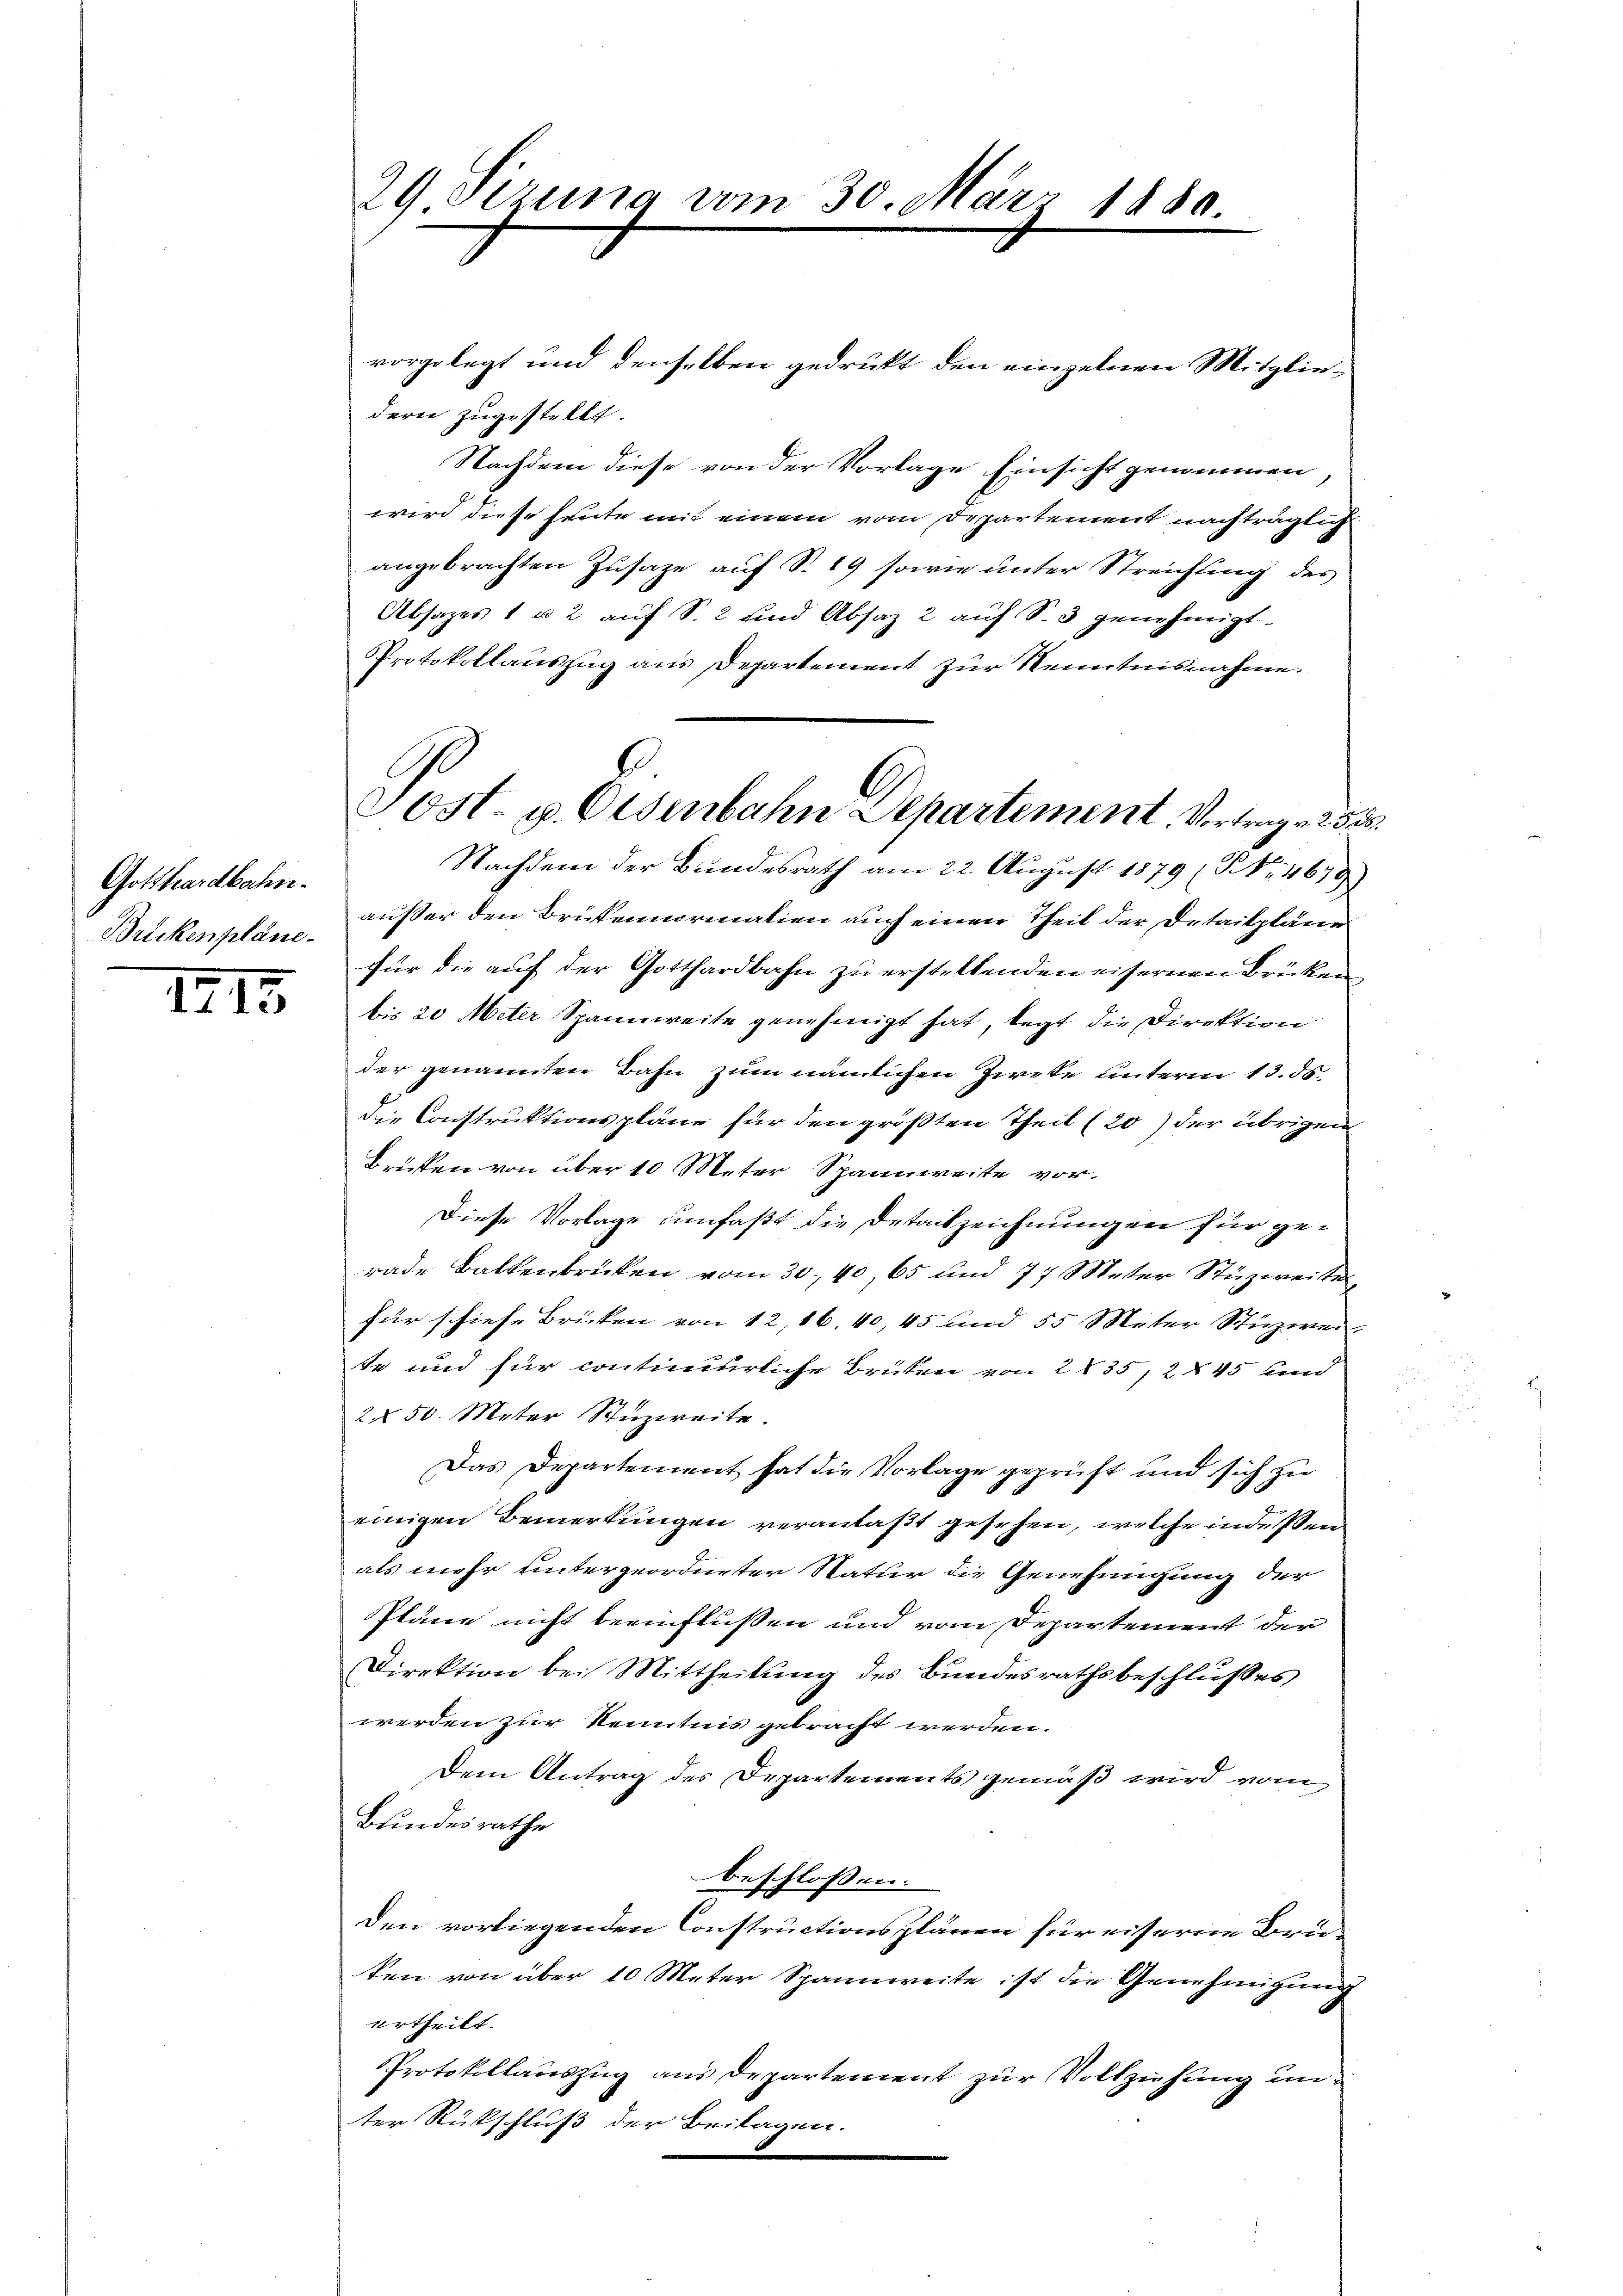
Gotthardbahn.
Buckenpläne.

IIII

29 Serena vom 30. März 1880.

vorgelegt und denselben gedrukt den einzelnen Mitgliedern zugestellt.
Nachdem diese von der Vorlage Einsicht genommen
wird diese heute mit einem vom Departement nachträglich
angebrachten Zusaze auf S. 19 sowie unter Streichling des
Absages 1 u 2 auf S. 2 und Absaz 2 auf S. 3 genehmigt.
Protokollauszug aus Departement zur Kenntnisnahme.
Nachdem der Bundesrath am 22. August 1879 (Nr. 4673
außer den Brükenormalien auch einen Theil der Detailpläne
für die auf der Gotthardbahn zu erstellenden eisernen Brücken
bis 20 Meter Spannweite genehmigt hat, legt die Direktion
der genannten Bahn zum nämlichen Zweke unterm 13. ds.
die Construktionspläne für den größten Theil (20) der übrigen
Brüken von über 10 Meter Spannweite vor.
Diese Vorlage umfaßt die Detailzeichnungen für gerade Balkenbrücken vom 30. 40, 65 und 77 Meter Stuzweite
für schiehe Brücken von 12, 16. 40, 45 und 55 Meter Stizwei-
te und für continurliche Brüken von 2835, 2 § 45 und
2 § 50. Meter Stuzweite.
Das Departement hat die Vorlage geprüft und sich zu
einigen Bemerkungen veranlaßt gesehen, welche indeßen
als mehr untergeordneter Natur die Genehmigung der
Pläne nicht beeinflüssen und vom Departement der
Direktion bei Mittheilung des Bundesrathsbeschlußes
werden zur Kenntnis gebracht werden.
Dem Antrag des Departements gemäß wird vom
Bundesrathe
beschloßen:
Den vorliegenden Constructionsplänen für eiserne Bruken von über 10 Meter Spannweite ist die Genehmigung
urtheilt.
Protokollauszug aus Departement zur Vollziehung un
ter Rückschluß der Beilagen

COst- u. Osenbahn Separtement. Vortrag v. 25 d

2